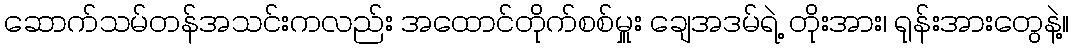
ဆောက်သမ်တန်အသင်းကလည်း အထောင်တိုက်စစ်မှူး ချေအဒမ်ရဲ့ တိုးအား၊ ရုန်းအားတွေနဲ့။